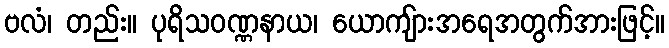
ဗလံ၊ တည်း။ ပုရိသဝဏ္ဏနာယ၊ ယောကျ်ားအရေအတွက်အားဖြင့်။